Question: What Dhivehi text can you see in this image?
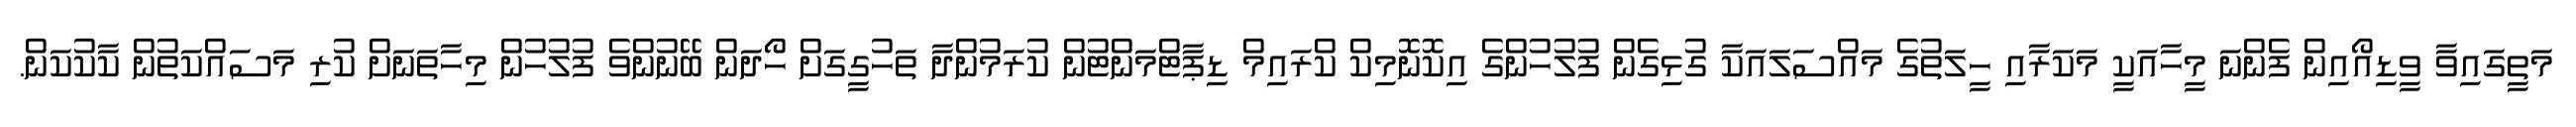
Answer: މަތީގައިވާ ވީޑިއޯއިން ފެންނަ މީހާއަކީ މަކަރާއި ހީލަތުގެ މައްސަލައަކާ ގުޅިގެން ފުލުހުންގެ އިކޮނޮމިކް ކްރައިމް ޑިޕާޓްމަންޓުން ކުރަމުންދާ ތަހުގީގަށް ހޯދަން ބޭނުންވެ ފުލުހުން މިހާތަނަށް ކުރި މަސައްކަތުން ކާކުކަން.